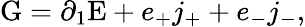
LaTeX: \mathrm{G}=\partial_{1}\mathrm{E}+e_{+}j_{+}+e_{-}j_{-},